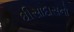
ઘીસાદાસનો